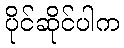
ပိုင်ဆိုင်ပါက